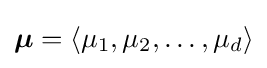
{\boldsymbol {\mu }}=\langle \mu _{1},\mu _{2},\ldots ,\mu _{d}\rangle